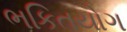
ભકિતયોગ